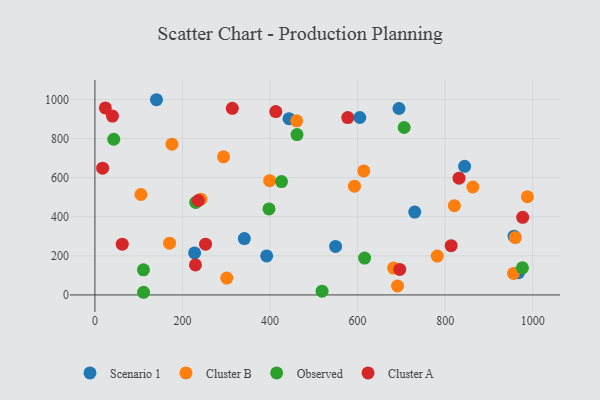
{"axis": {"x": "Price", "y": "Sales"}, "legend": ["Cluster A", "Cluster B", "Observed", "Scenario 1"], "data": [{"x": "844.4", "y": 658.1, "type": "Scenario 1"}, {"x": "341.3", "y": 288.3, "type": "Scenario 1"}, {"x": "443.4", "y": 902.0, "type": "Scenario 1"}, {"x": "140.6", "y": 998.7, "type": "Scenario 1"}, {"x": "694.5", "y": 953.7, "type": "Scenario 1"}, {"x": "549.7", "y": 248.3, "type": "Scenario 1"}, {"x": "957.4", "y": 300.4, "type": "Scenario 1"}, {"x": "605.0", "y": 907.7, "type": "Scenario 1"}, {"x": "967.6", "y": 114.0, "type": "Scenario 1"}, {"x": "730.5", "y": 423.7, "type": "Scenario 1"}, {"x": "227.7", "y": 214.9, "type": "Scenario 1"}, {"x": "392.3", "y": 199.4, "type": "Scenario 1"}, {"x": "176.0", "y": 771.5, "type": "Cluster B"}, {"x": "592.8", "y": 556.2, "type": "Cluster B"}, {"x": "614.2", "y": 634.4, "type": "Cluster B"}, {"x": "682.3", "y": 137.4, "type": "Cluster B"}, {"x": "960.2", "y": 293.4, "type": "Cluster B"}, {"x": "301.2", "y": 86.1, "type": "Cluster B"}, {"x": "987.8", "y": 502.3, "type": "Cluster B"}, {"x": "293.8", "y": 706.6, "type": "Cluster B"}, {"x": "821.0", "y": 456.6, "type": "Cluster B"}, {"x": "782.0", "y": 199.0, "type": "Cluster B"}, {"x": "460.8", "y": 890.6, "type": "Cluster B"}, {"x": "956.1", "y": 110.0, "type": "Cluster B"}, {"x": "105.0", "y": 513.8, "type": "Cluster B"}, {"x": "399.0", "y": 584.6, "type": "Cluster B"}, {"x": "691.2", "y": 45.6, "type": "Cluster B"}, {"x": "242.0", "y": 490.0, "type": "Cluster B"}, {"x": "863.3", "y": 552.1, "type": "Cluster B"}, {"x": "170.5", "y": 264.8, "type": "Cluster B"}, {"x": "426.2", "y": 579.7, "type": "Observed"}, {"x": "976.5", "y": 138.9, "type": "Observed"}, {"x": "397.6", "y": 439.8, "type": "Observed"}, {"x": "461.6", "y": 820.6, "type": "Observed"}, {"x": "616.0", "y": 188.8, "type": "Observed"}, {"x": "111.1", "y": 13.6, "type": "Observed"}, {"x": "706.4", "y": 856.7, "type": "Observed"}, {"x": "518.9", "y": 19.4, "type": "Observed"}, {"x": "110.8", "y": 128.3, "type": "Observed"}, {"x": "230.2", "y": 473.1, "type": "Observed"}, {"x": "43.0", "y": 796.5, "type": "Observed"}, {"x": "62.4", "y": 259.5, "type": "Cluster A"}, {"x": "313.8", "y": 954.7, "type": "Cluster A"}, {"x": "17.6", "y": 648.5, "type": "Cluster A"}, {"x": "696.3", "y": 130.7, "type": "Cluster A"}, {"x": "229.6", "y": 153.4, "type": "Cluster A"}, {"x": "23.8", "y": 956.5, "type": "Cluster A"}, {"x": "813.7", "y": 251.9, "type": "Cluster A"}, {"x": "831.7", "y": 597.2, "type": "Cluster A"}, {"x": "977.1", "y": 396.8, "type": "Cluster A"}, {"x": "413.1", "y": 938.1, "type": "Cluster A"}, {"x": "40.0", "y": 915.0, "type": "Cluster A"}, {"x": "252.7", "y": 259.9, "type": "Cluster A"}, {"x": "577.5", "y": 907.5, "type": "Cluster A"}, {"x": "236.3", "y": 483.1, "type": "Cluster A"}]}